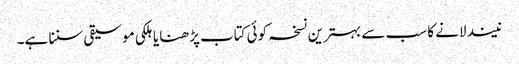
نیند لانے کا سب سے بہترین نسخہ کوئی کتاب پڑھنا یا ہلکی موسیقی سننا ہے۔